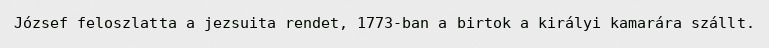
József feloszlatta a jezsuita rendet, 1773-ban a birtok a királyi kamarára szállt.